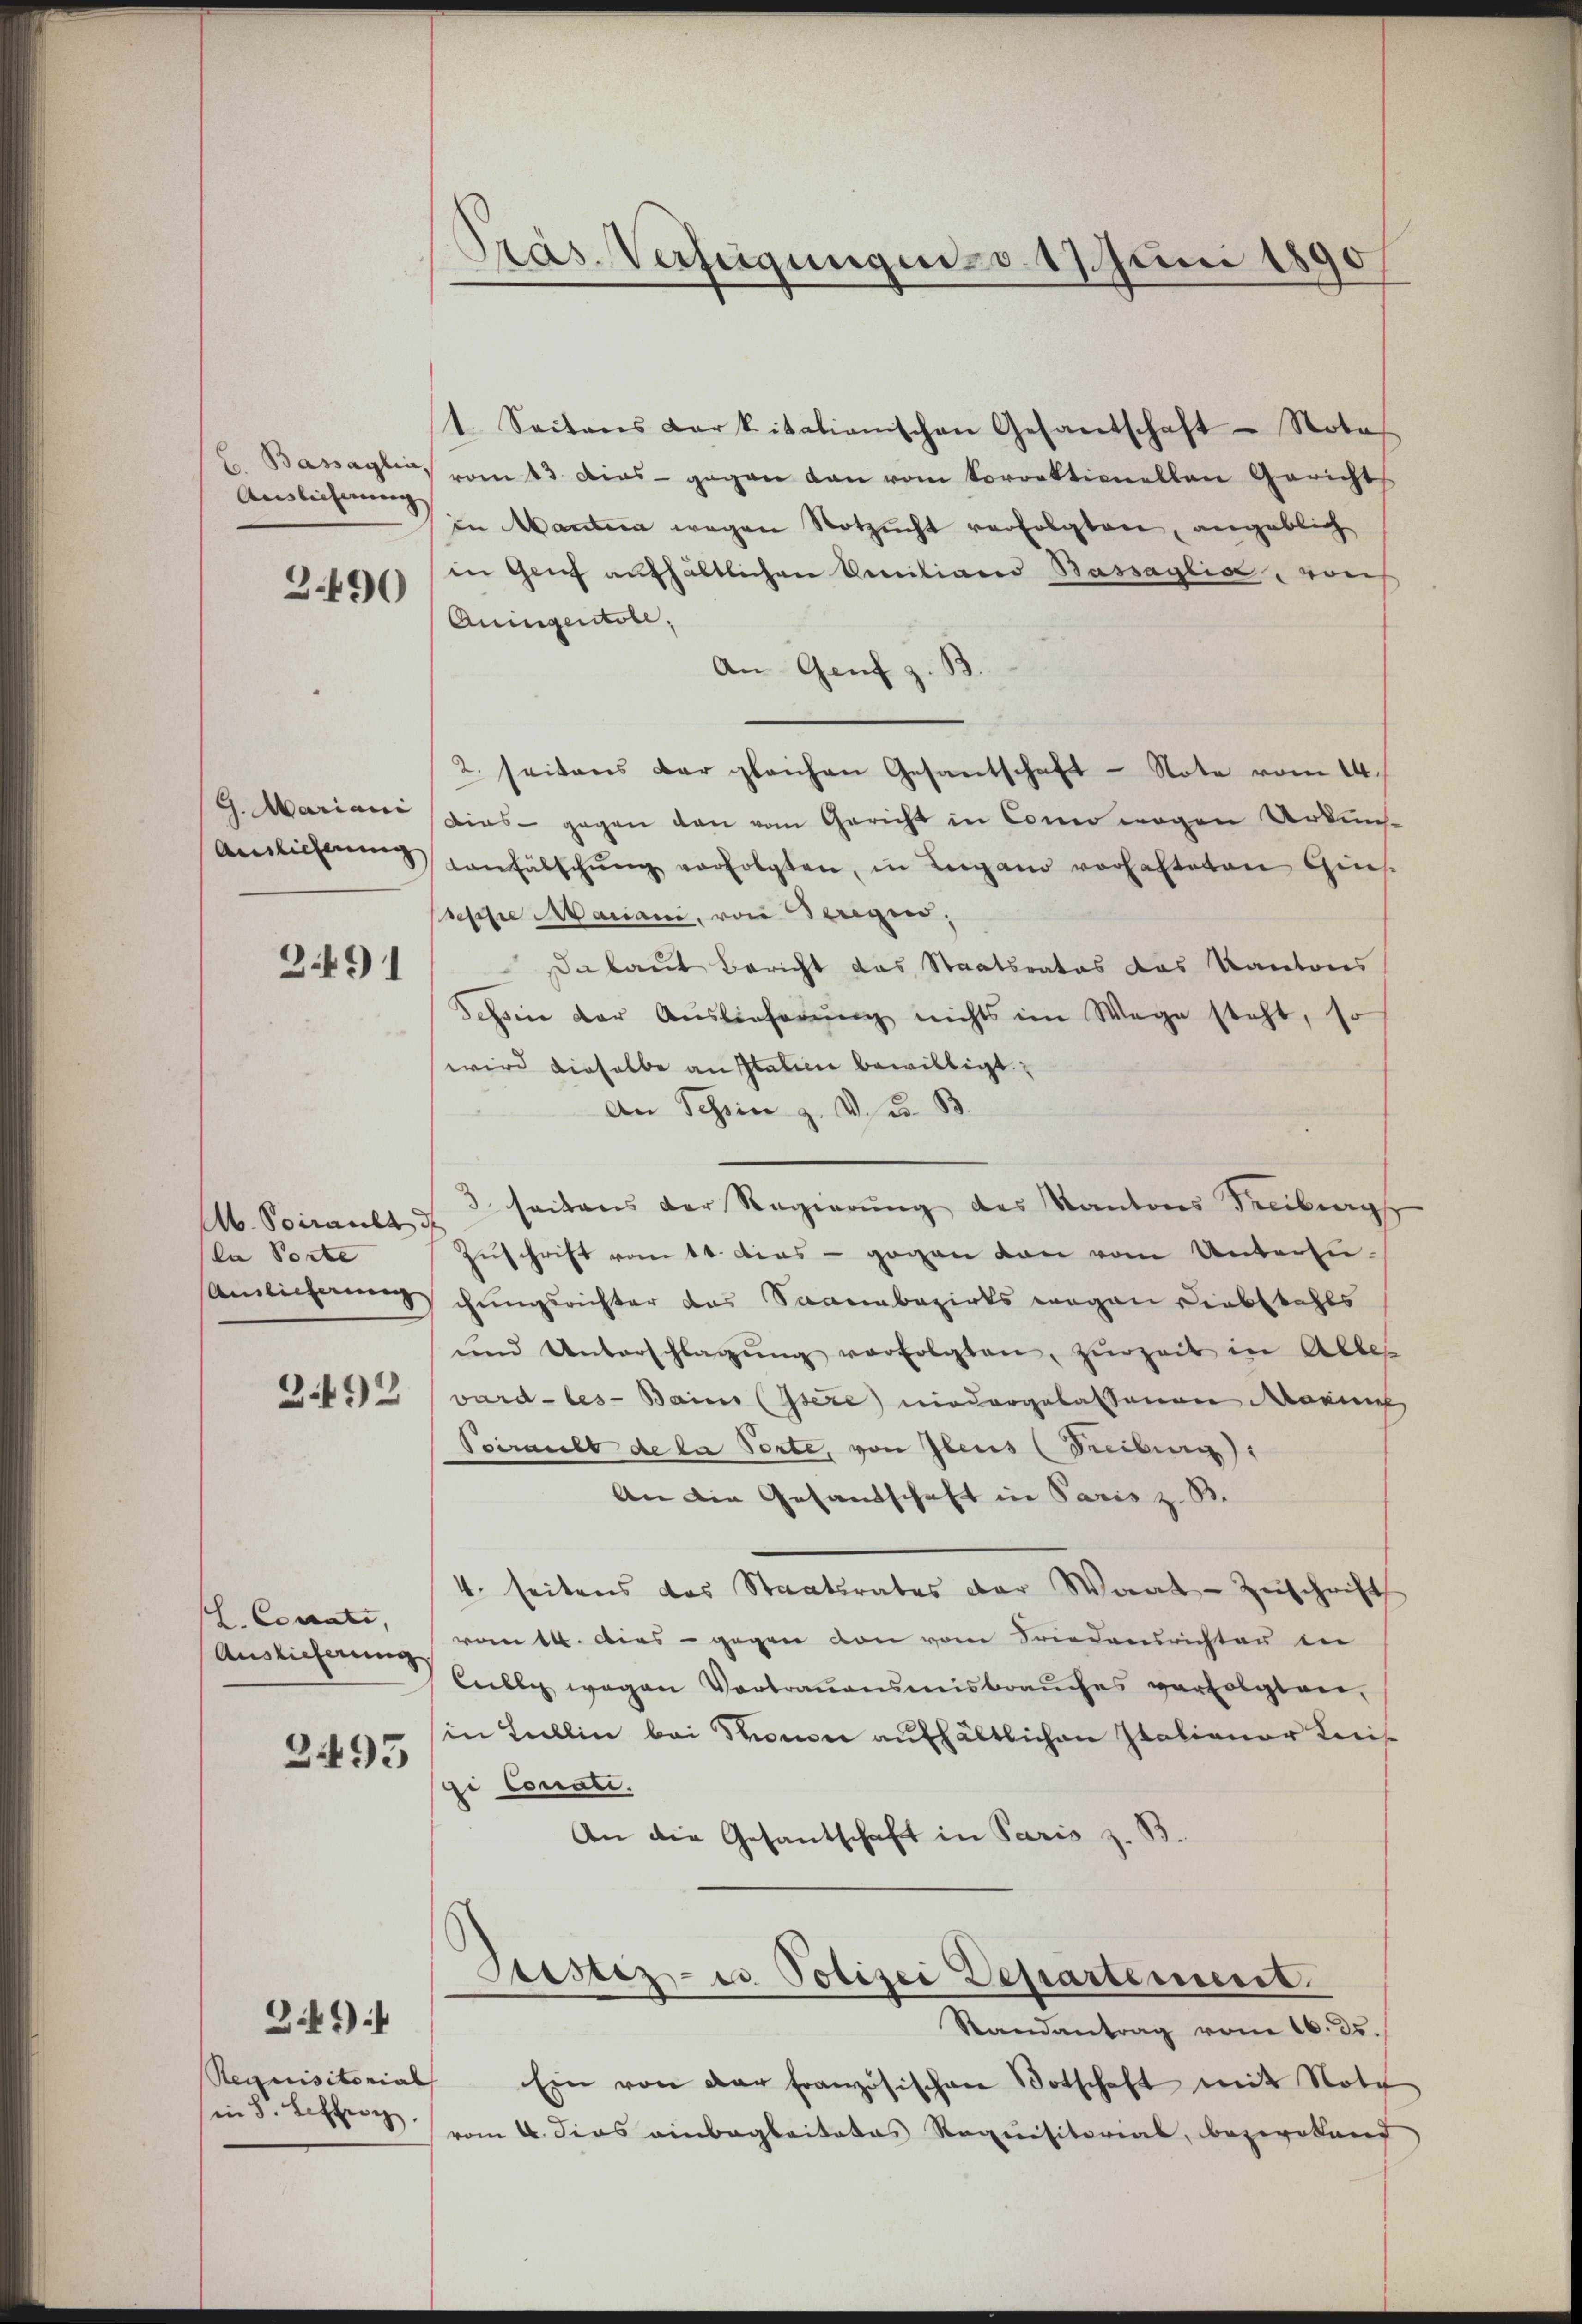
Auslieferung

3490

G. Mariani
Anslicherung

391

M. Sviralt d
la Porte
Amlicherung

3.492

L. Corrate,
Auslieferung

3493

Requisitorial
in 8. Leffe

31)

Pras. Verfügungen, d. 17. Juni 1890

1. Seitens Carkitationischen Gesantschaft Notas
Bassagler, vom 13. dies gegen dan vom Vorrektionellen Gerichts
in Manter wegen Notzucht verfolgten, angeblich
in Genf aufhältlichen Vereitian Bassaglia, von
Auigentole,
An Genf
d
2. seitens der gleichen Gesantschaft - Note vom 14.
Dies - gegen den vom Gericht in Conn wegen Urkun-
anfälschŭng verfolgten, in Bergano vorhalteten Ges
sesche Mariani, von Beregen,
Da laut Bericht das Staatsrates das Kantons
ehin der Auslieferŭng nichts im Wege steht, so
wird dieselbe an Italinie bewilligt:
An Schin z. V. u. B
3 seitens der Regierung des Kantons Freiburg
Zŭschrift vom 10. dies - gegen dan vom Untersuchungsrichter das Sanenbezirks wegen Diebstahls
ŭnd Unterschlagŭng verfolgten, zŭrzeit in Alles
vard-les-Bains (Isere niedergelassenen dreich
Peeraubt de la Porte, von Ebens (Freiburg),
An die Gesandschaft in Paris z. B.
4. seitens das Staatsrates der Woat Zŭschrift
vom 14. Dies - gegen von vom Friedensrichten in
Cully wegen Vortrauensmisbraŭches verfolgten,
in Lullin bei Pronon aufhältlichen Italianer Kreis
si Conali.
An die Gesandschaft in Paris z. B.
Testiz- u Polizei Departement
Randantrag vom 16. ds.
Ein von der Französischen Botschaft mit Note
vom 4. dies einbegleitetes Requisitorial, bezwotend